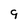
Character: 9